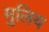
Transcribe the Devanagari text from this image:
मुलिय